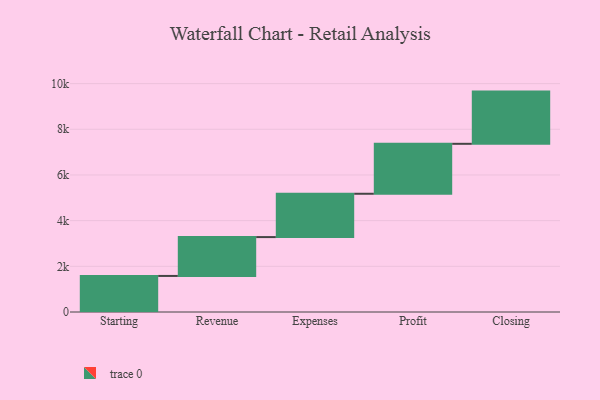
{"axis": {"x": "Step", "y": "Value"}, "legend": [""], "data": [{"x": "Starting", "y": 1579.0, "type": ""}, {"x": "Revenue", "y": 1701.0, "type": ""}, {"x": "Expenses", "y": 1897.0, "type": ""}, {"x": "Profit", "y": 2187.0, "type": ""}, {"x": "Closing", "y": 2286.0, "type": ""}]}